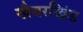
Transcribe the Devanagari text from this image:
खैबरखिंड